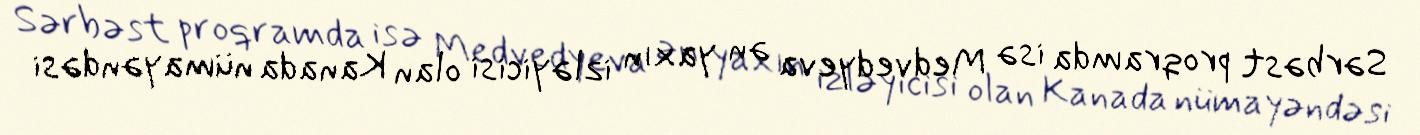
Sərbəst proqramda isə Medvedyeva ən yaxın izləyicisi olan Kanada nümayəndəsi